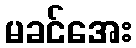
မခင်အေး